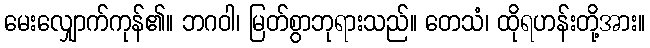
မေးလျှောက်ကုန်၏။ ဘဂဝါ၊ မြတ်စွာဘုရားသည်။ တေသံ၊ ထိုရဟန်းတို့အား။